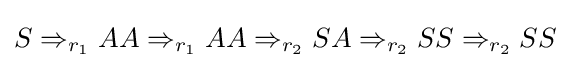
S\Rightarrow _{r_{1}}AA\Rightarrow _{r_{1}}AA\Rightarrow _{r_{2}}SA\Rightarrow _{r_{2}}SS\Rightarrow _{r_{2}}SS